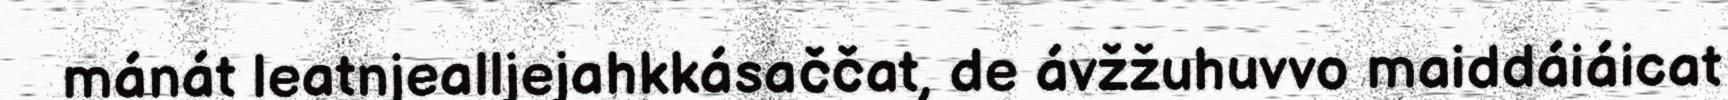
mánát leatnjealljejahkkásaččat, de ávžžuhuvvo maiddáiáicat